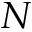
N